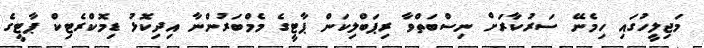
މަޖިލީހުގައި ހިމެނޭ ސަރުކާރަށް ނިސްބަތްވާ ރިޕަބްލިކަން ޕާޓީގެ މެމްބަރުންނާ އިދިކޮޅު ޑިމޮކްރެޓިކް ޕާޓީގެ